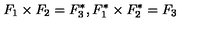
F _ { 1 } \times F _ { 2 } = F _ { 3 } ^ { * } , F _ { 1 } ^ { * } \times F _ { 2 } ^ { * } = F _ { 3 }